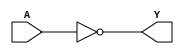
module NOT(Y,A);
	input A;
	output Y;
	nand(Y,A,A);
endmodule